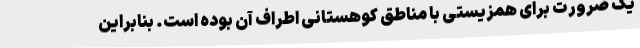
یک ضرورت برای همزیستی با مناطق کوهستانی اطراف آن بوده است. بنابراین